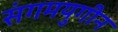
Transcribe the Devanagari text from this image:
संगमयुगीन